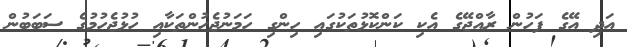
އަދި އޭގެ ފަހުން ރާއްޖޭގެ އެކި ކަންކޮޅުތަކުގައި ހިންގި ހަމަނުޖެހުންތަކާއި ހުޅުޖެހުމުގެ ސަބަބުން